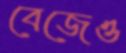
বেজেও